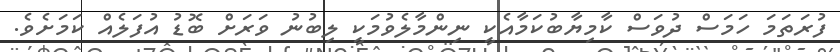
ފުރަތަމަ ހަމަސް ދުވަސް ކާމިޔާބުކަމާއެކީ ނިންމާލެވުމަކީ ލިބުނު ވަރަށް ބޮޑު އުފަލެއް ކަމަށެވެ.